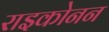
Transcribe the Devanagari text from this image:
राइकोनन